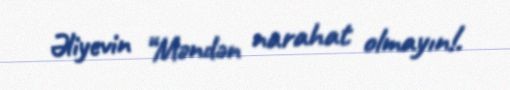
Əliyevin “Məndən narahat olmayın!.